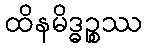
ထိနမိဒ္ဓဉ္စဿ